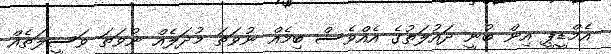
އެމްޑީޕީ އިން ބުނީ ދައުލަތުގެ އެއްވެސް ބިމެއް ނުވަތަ މުދަލެއް ނުވަތަ ވަސީލަތެއް